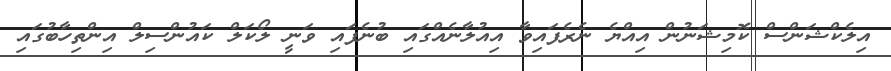
އިލެކްޝަންސް ކޮމިޝަނުން އިއްޔެ ނެރެފައިވާ އިއުލާނެއްގައި ބުނެފައި ވަނީ ލޯކަލް ކައުންސިލް އިންތިހާބުގައި